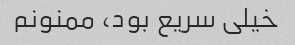
خیلی سریع بود، ممنونم